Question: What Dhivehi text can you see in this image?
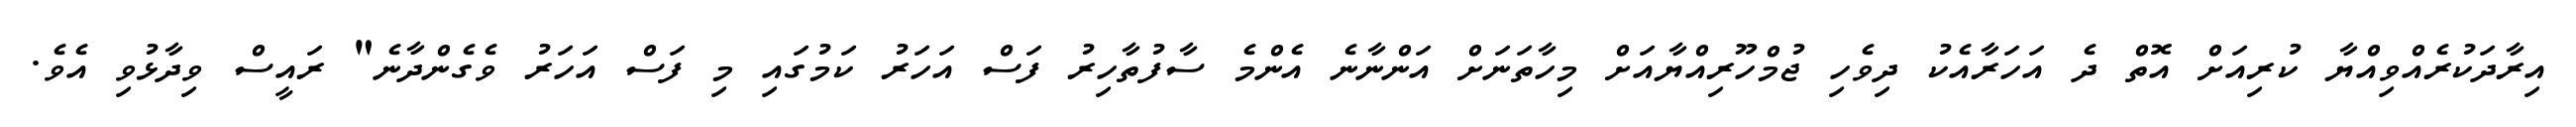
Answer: އިރާދަކުރެއްވިއްޔާ ކުރިއަށް އޮތް ދެ އަހަރާއެކު ދިވެހި ޖުމްހޫރިއްޔާއަށް މިހާތަނަށް އަންނާނެ އެންމެ ސާފުތާހިރު ފަސް އަހަރު ކަމުގައި މި ފަސް އަހަރު ވެގެންދާނެ" ރައީސް ވިދާޅުވި އެވެ.